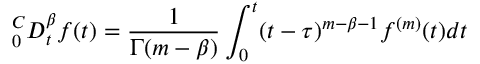
^ C _ { 0 } D _ { t } ^ { \beta } f ( t ) = \frac { 1 } { \Gamma ( m - \beta ) } \int _ { 0 } ^ { t } ( t - \tau ) ^ { m - \beta - 1 } f ^ { ( m ) } ( t ) d t